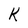
Character: K